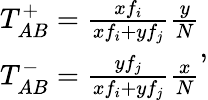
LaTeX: \begin{array}{lr}{T_{AB}^{+}=\frac{xf_{i}}{xf_{i}+yf_{j}}\frac{y}{N}}\\ {T_{AB}^{-}=\frac{yf_{j}}{xf_{i}+yf_{j}}\frac{x}{N}}\end{array},